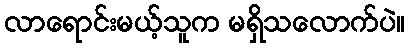
လာရောင်းမယ့်သူက မရှိသလောက်ပဲ။